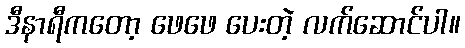
ဒီနာရီကတော့ ဖေဖေ ပေးတဲ့ လက်ဆောင်ပါ။